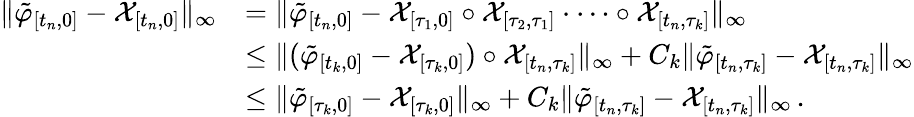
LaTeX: \begin{array}{rl}{\lVert\tilde{\varphi}_{[t_{n},0]}-\mathcal{X}_{[t_{n},0]}\rVert_{\infty}}&{=\lVert\tilde{\varphi}_{[t_{n},0]}-\mathcal{X}_{[\tau_{1},0]}\circ\mathcal{X}_{[\tau_{2},\tau_{1}]}\cdot\dots\circ\mathcal{X}_{[t_{n},\tau_{k}]}\rVert_{\infty}}\\ &{\leq\lVert(\tilde{\varphi}_{[t_{k},0]}-\mathcal{X}_{[\tau_{k},0]})\circ\mathcal{X}_{[t_{n},\tau_{k}]}\rVert_{\infty}+C_{k}\lVert\tilde{\varphi}_{[t_{n},\tau_{k}]}-\mathcal{X}_{[t_{n},\tau_{k}]}\rVert_{\infty}}\\ &{\leq\lVert\tilde{\varphi}_{[\tau_{k},0]}-\mathcal{X}_{[\tau_{k},0]}\rVert_{\infty}+C_{k}\lVert\tilde{\varphi}_{[t_{n},\tau_{k}]}-\mathcal{X}_{[t_{n},\tau_{k}]}\rVert_{\infty}\, .}\end{array}